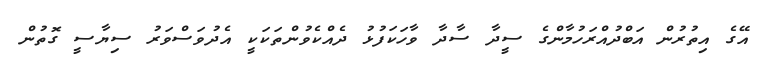
އޭގެ އިތުރުން އަބްދުއްރަހުމާންގެ ސީދާ ސާދާ ވާހަކަފުޅު ދެއްކެވުންތަކަކީ އެދުވަސްވަރު ސިޔާސީ ގޮތުން